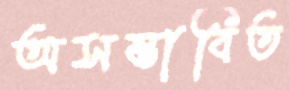
অসম্ভাবিত